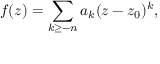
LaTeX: f ( z ) = \sum _ { k \geq - n } a _ { k } ( z - z _ { 0 } ) ^ { k } ,